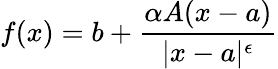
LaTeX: f(x)=b+{\frac{\alpha A(x-a)}{|x-a|^{\epsilon}}}